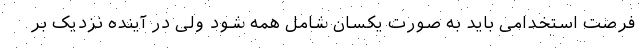
فرصت استخدامی باید به صورت یکسان شامل همه شود ولی در آینده نزدیک بر